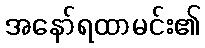
အနော်ရထာမင်း၏